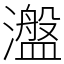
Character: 瀊